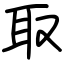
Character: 取